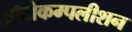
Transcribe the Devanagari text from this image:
ऑटोकम्पलीशन